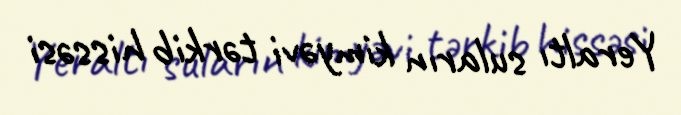
Yeraltı suların kimyəvi tərkib hissəsi